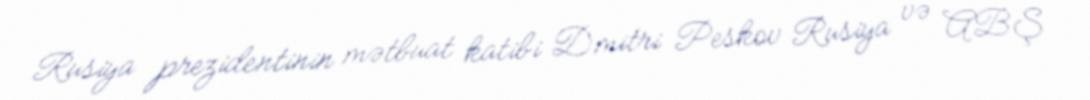
Rusiya prezidentinin mətbuat katibi Dmitri Peskov Rusiya və ABŞ